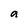
Character: a